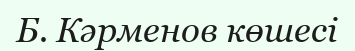
Б. Кәрменов көшесі